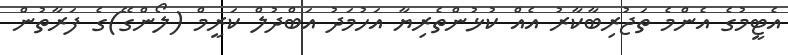
އެޓީމުގެ އެންމެ ތަޖުރިބާކާރު އެއް ކުޅުންތެރިޔާ އަހުމަދު އަބްދުލް ކަރީމް (ލޯންގޭ)ގެ ފަރާތުން